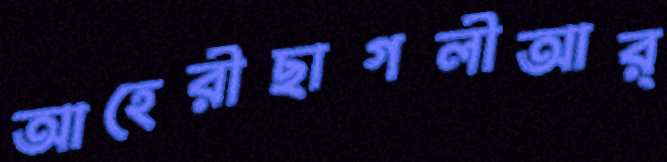
আহেরীছাগলীআর্